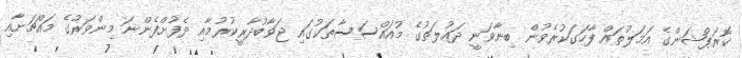
ކޮރަޕްޝަންގެ އަމަލުތައް ފާހަގަކުރެވުން ބިނާވަނީ ދައުލަތުގެ މުއައްސަސާތަކުގައި ޖަވާބުދާރީކުރުމާއި ދެފުށްފެންނަ މިންވަރުގެ މައްޗަށާއި